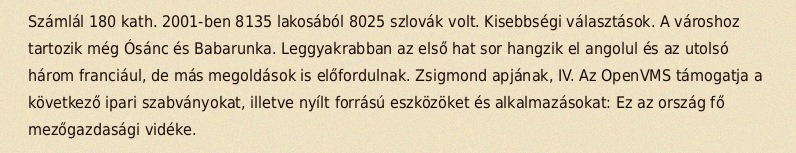
Számlál 180 kath. 2001-ben 8135 lakosából 8025 szlovák volt. Kisebbségi választások. A városhoz tartozik még Ósánc és Babarunka. Leggyakrabban az első hat sor hangzik el angolul és az utolsó három franciául, de más megoldások is előfordulnak. Zsigmond apjának, IV. Az OpenVMS támogatja a következő ipari szabványokat, illetve nyílt forrású eszközöket és alkalmazásokat: Ez az ország fő mezőgazdasági vidéke.